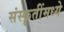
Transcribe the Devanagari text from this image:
संस्कॄतींमध्ये